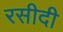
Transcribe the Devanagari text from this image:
रसीदी